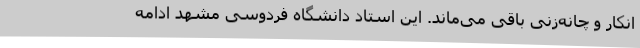
انکار و چانه‌زنی باقی می‌ماند. این استاد دانشگاه فردوسی مشهد ادامه